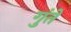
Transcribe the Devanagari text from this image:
गुंते